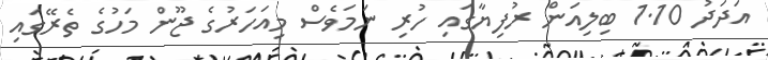
އަދަދު 1.10 ބިލިއަން ރުފިޔާގައި ހުރި ނަމަވެސް މިއަހަރުގެ ޖޫން މަހުގެ ތެރޭގައި